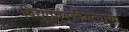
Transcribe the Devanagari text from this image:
विद्युतचुंबकीयत्वाचा